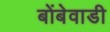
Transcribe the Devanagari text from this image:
बोंबेवाडी